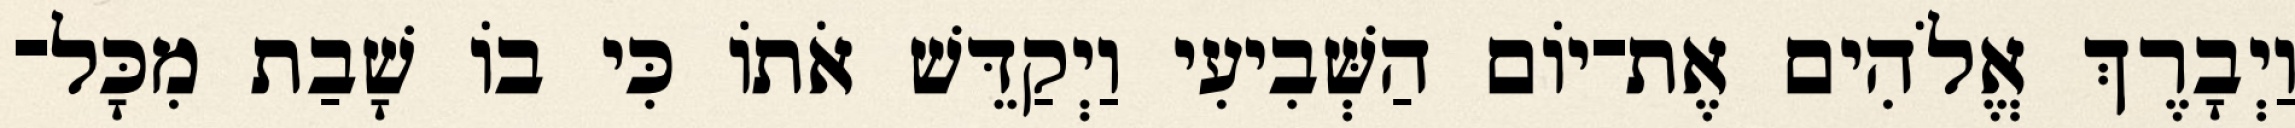
וַיְבָרֶךְ אֱלֹהִים אֶת־יֹום הַשְּׁבִיעִי וַיְקַדֵּשׁ אֹתֹו כִּי בֹו שָׁבַת מִכָּל־